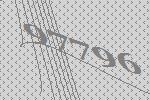
97796